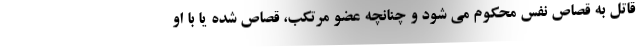
قاتل به قصاص نفس محکوم می شود و چنانچه عضو مرتکب، قصاص شده یا با او